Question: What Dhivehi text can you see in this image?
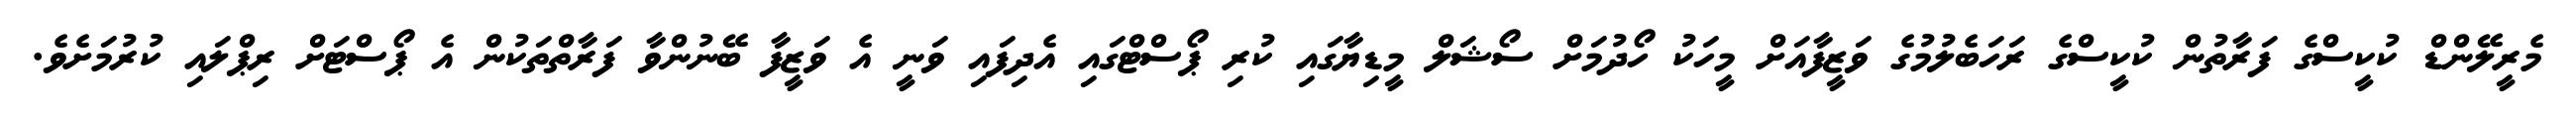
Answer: މެރީލޭންޑް ކުކީސްގެ ފަރާތުން ކުކީސްގެ ރަހަބެލުމުގެ ވަޒީފާއަށް މީހަކު ހޯދުމަށް ސޯޝަލް މީޑިޔާގައި ކުރި ޕޯސްޓްގައި އެދިފައި ވަނީ އެ ވަޒީފާ ބޭނުންވާ ފަރާތްތަކުން އެ ޕޯސްޓަށް ރިޕްލައި ކުރުމަށެވެ.